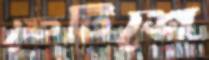
ফেটিশে